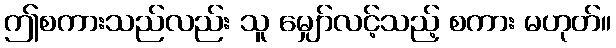
ဤစကားသည်လည်း သူ မျှော်လင့်သည့် စကား မဟုတ်။